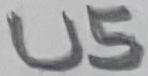
Text: U5